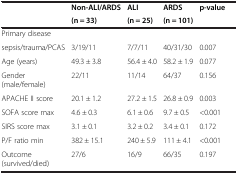
|  | Non-ALI/ARDS | ALI | ARDS | p-value |
 |  | (n = 33) | (n = 25) | (n = 101) |  |
 | --- | --- | --- | --- | --- |
 | Primary disease |  |  |  |  |
 | sepsis/trauma/PCAS | 3/19/11 | 7/7/11 | 40/31/30 | 0.007 |
 | Age (years) | 49.3 ± 3.8 | 56.4 ± 4.0 | 58.2 ± 1.9 | 0.077 |
 | Gender (male/female) | 22/11 | 11/14 | 64/37 | 0.156 |
 | APACHE II score | 20.1 ± 1.2 | 27.2 ± 1.5 | 26.8 ± 0.9 | 0.003 |
 | SOFA score max | 4.6 ± 0.3 | 6.1 ± 0.6 | 9.7 ± 0.5 | <0.001 |
 | SIRS score max | 3.1 ± 0.1 | 3.2 ± 0.2 | 3.4 ± 0.1 | 0.172 |
 | P/F ratio min | 382 ± 15.1 | 240 ± 5.9 | 111 ± 4.1 | <0.001 |
 | Outcome (survived/died) | 27/6 | 16/9 | 66/35 | 0.197 |